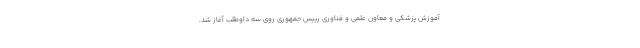
آموزش پزشکی و معاون علمی و فناوری رییس جمهوری روی سه داوطلب آغاز شد.